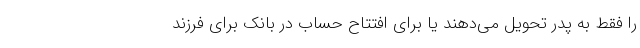
را فقط به پدر تحویل می‌دهند یا برای افتتاح حساب در بانک برای فرزند